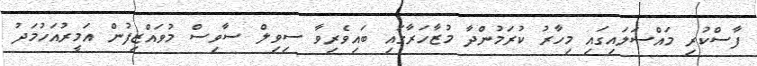
ފާސްކުރި މައްސަލައިގައި މިހާރު ކުރަމުންދާ މުޒާހަރާގައި ބައިވެރިވާ ސިވިލް ސާވިސް މުވައްޒިފުން އަމީރުއަހުމަދު